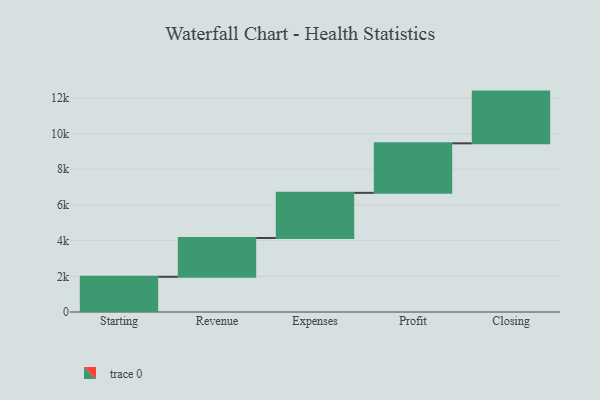
{"axis": {"x": "Step", "y": "Value"}, "legend": [""], "data": [{"x": "Starting", "y": 1973.0, "type": ""}, {"x": "Revenue", "y": 2175.0, "type": ""}, {"x": "Expenses", "y": 2531.0, "type": ""}, {"x": "Profit", "y": 2776.0, "type": ""}, {"x": "Closing", "y": 2899.0, "type": ""}]}